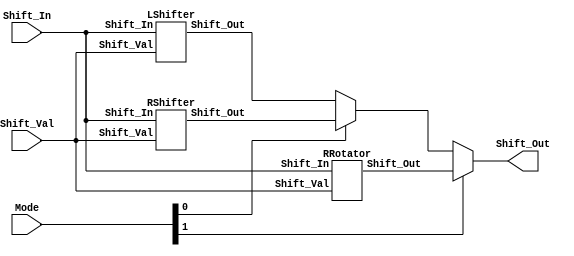
module Shifter (Shift_Out, Shift_In, Shift_Val, Mode);
input [15:0] Shift_In; //This is the number to perform shift operation on
input [3:0] Shift_Val; //Shift amount (used to shift the 'Shift_In')
input  [1:0] Mode; // 00 -> SLL, 01 -> SRA, 10 -> ROR
output [15:0] Shift_Out; //Shifter value

wire [15:0] L_Result, R_Result, RR_Result, Int_Result; // Result for each shifter, result of first mux

LShifter L(.Shift_Out(L_Result), .Shift_In(Shift_In), .Shift_Val(Shift_Val));
RShifter R(.Shift_Out(R_Result), .Shift_In(Shift_In), .Shift_Val(Shift_Val));
RRotator RR(.Shift_Out(RR_Result), .Shift_In(Shift_In), .Shift_Val(Shift_Val));

assign Int_Result = (Mode[0]) ? R_Result : L_Result;
assign Shift_Out = (Mode[1]) ? RR_Result : Int_Result;

endmodule

module LShifter(Shift_Out, Shift_In, Shift_Val);
input [15:0] Shift_In; //This is the number to perform shift operation on
input [3:0] Shift_Val; //Shift amount (used to shift the 'Shift_In')
output [15:0] Shift_Out; //Shifter value

wire[15:0] L_shifted1;
wire[15:0] L_shifted2;
wire[15:0] L_shifted3;

assign L_shifted1[15:1] = (Shift_Val[0]) ? Shift_In[14:0] : Shift_In[15:1];
assign L_shifted1[0] = (Shift_Val[0]) ? 1'b0 : Shift_In[0];

assign L_shifted2[15:2] = (Shift_Val[1]) ? L_shifted1[13:0] : L_shifted1[15:2];
assign L_shifted2[1:0] = (Shift_Val[1]) ? 2'b0 : L_shifted1[1:0];

assign L_shifted3[15:4] = (Shift_Val[2]) ? L_shifted2[11:0] : L_shifted2[15:4];
assign L_shifted3[3:0] = (Shift_Val[2]) ? 4'b0 : L_shifted2[3:0];

assign Shift_Out[15:8] = (Shift_Val[3]) ? L_shifted3[7:0] : L_shifted3[15:8];
assign Shift_Out[7:0] = (Shift_Val[3]) ? 8'b0 : L_shifted3[7:0];

endmodule

module RShifter(Shift_Out, Shift_In, Shift_Val);
input [15:0] Shift_In; //This is the number to perform shift operation on
input [3:0] Shift_Val; //Shift amount (used to shift the 'Shift_In')
output [15:0] Shift_Out; //Shifter value

wire[15:0] R_shifted1;
wire[15:0] R_shifted2;
wire[15:0] R_shifted3;

assign R_shifted1[14:0] = (Shift_Val[0]) ? Shift_In[15:1] : Shift_In[14:0];
assign R_shifted1[15] = Shift_In[15];

assign R_shifted2[13:0] = (Shift_Val[1]) ? R_shifted1[15:2] : R_shifted1[13:0];
assign R_shifted2[15:14] = (Shift_Val[1]) ? {2{R_shifted1[15]}} : R_shifted1[15:14];

assign R_shifted3[11:0] = (Shift_Val[2]) ? R_shifted2[15:4] : R_shifted2[11:0];
assign R_shifted3[15:12] = (Shift_Val[2]) ? {4{R_shifted2[15]}} : R_shifted2[15:12];

assign Shift_Out[7:0] = (Shift_Val[3]) ? R_shifted3[15:8] : R_shifted3[7:0];
assign Shift_Out[15:8] = (Shift_Val[3]) ? {8{R_shifted3[15]}} : R_shifted3[15:8];

endmodule

module RRotator(Shift_Out, Shift_In, Shift_Val);
input [15:0] Shift_In; //This is the number to perform shift operation on
input [3:0] Shift_Val; //Shift amount (used to shift the 'Shift_In')
output [15:0] Shift_Out; //Shifter value

wire[15:0] R_shifted1;
wire[15:0] R_shifted2;
wire[15:0] R_shifted3;

assign R_shifted1[14:0] = (Shift_Val[0]) ? Shift_In[15:1] : Shift_In[14:0];
assign R_shifted1[15] = (Shift_Val[0]) ? Shift_In[0] : Shift_In[15];

assign R_shifted2[13:0] = (Shift_Val[1]) ? R_shifted1[15:2] : R_shifted1[13:0];
assign R_shifted2[15:14] = (Shift_Val[1]) ? R_shifted1[1:0] : R_shifted1[15:14];

assign R_shifted3[11:0] = (Shift_Val[2]) ? R_shifted2[15:4] : R_shifted2[11:0];
assign R_shifted3[15:12] = (Shift_Val[2]) ? R_shifted2[3:0] : R_shifted2[15:12];

assign Shift_Out[7:0] = (Shift_Val[3]) ? R_shifted3[15:8] : R_shifted3[7:0];
assign Shift_Out[15:8] = (Shift_Val[3]) ? R_shifted3[7:0] : R_shifted3[15:8];

endmodule